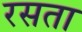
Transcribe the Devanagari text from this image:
रसता